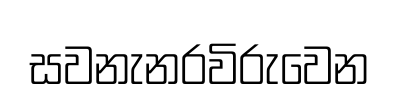
සවනැනරවිරුවෙන